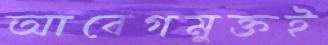
আবেগমুক্তই